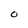
Character: O